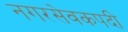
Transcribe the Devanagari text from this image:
नगरसेवकपदी